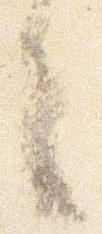
言